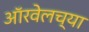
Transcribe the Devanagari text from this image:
ऑरवेलच्या